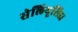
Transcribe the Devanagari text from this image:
सेलियूसिडा